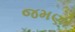
જમણી